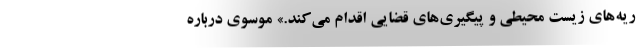
ریه‌های زیست محیطی و پیگیری‌های قضایی اقدام می‌کند.» موسوی درباره